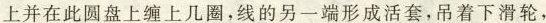
上并在此圆盘上缠上几圈，线的另一端形成活套，吊着下滑轮，